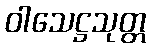
ဝါသေဋ္ဌသုတ္တ